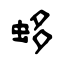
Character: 蛥